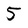
Character: 5